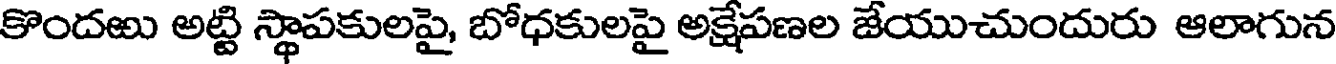
కొందఱు అట్టి స్థాపకులపై, బోధకులపై అక్షేపణల జేయుచుందురు ఆలాగున